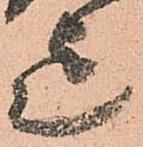
迄